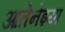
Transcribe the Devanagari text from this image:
आतेनेइया